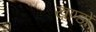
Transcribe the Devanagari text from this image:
ख़ण्डों